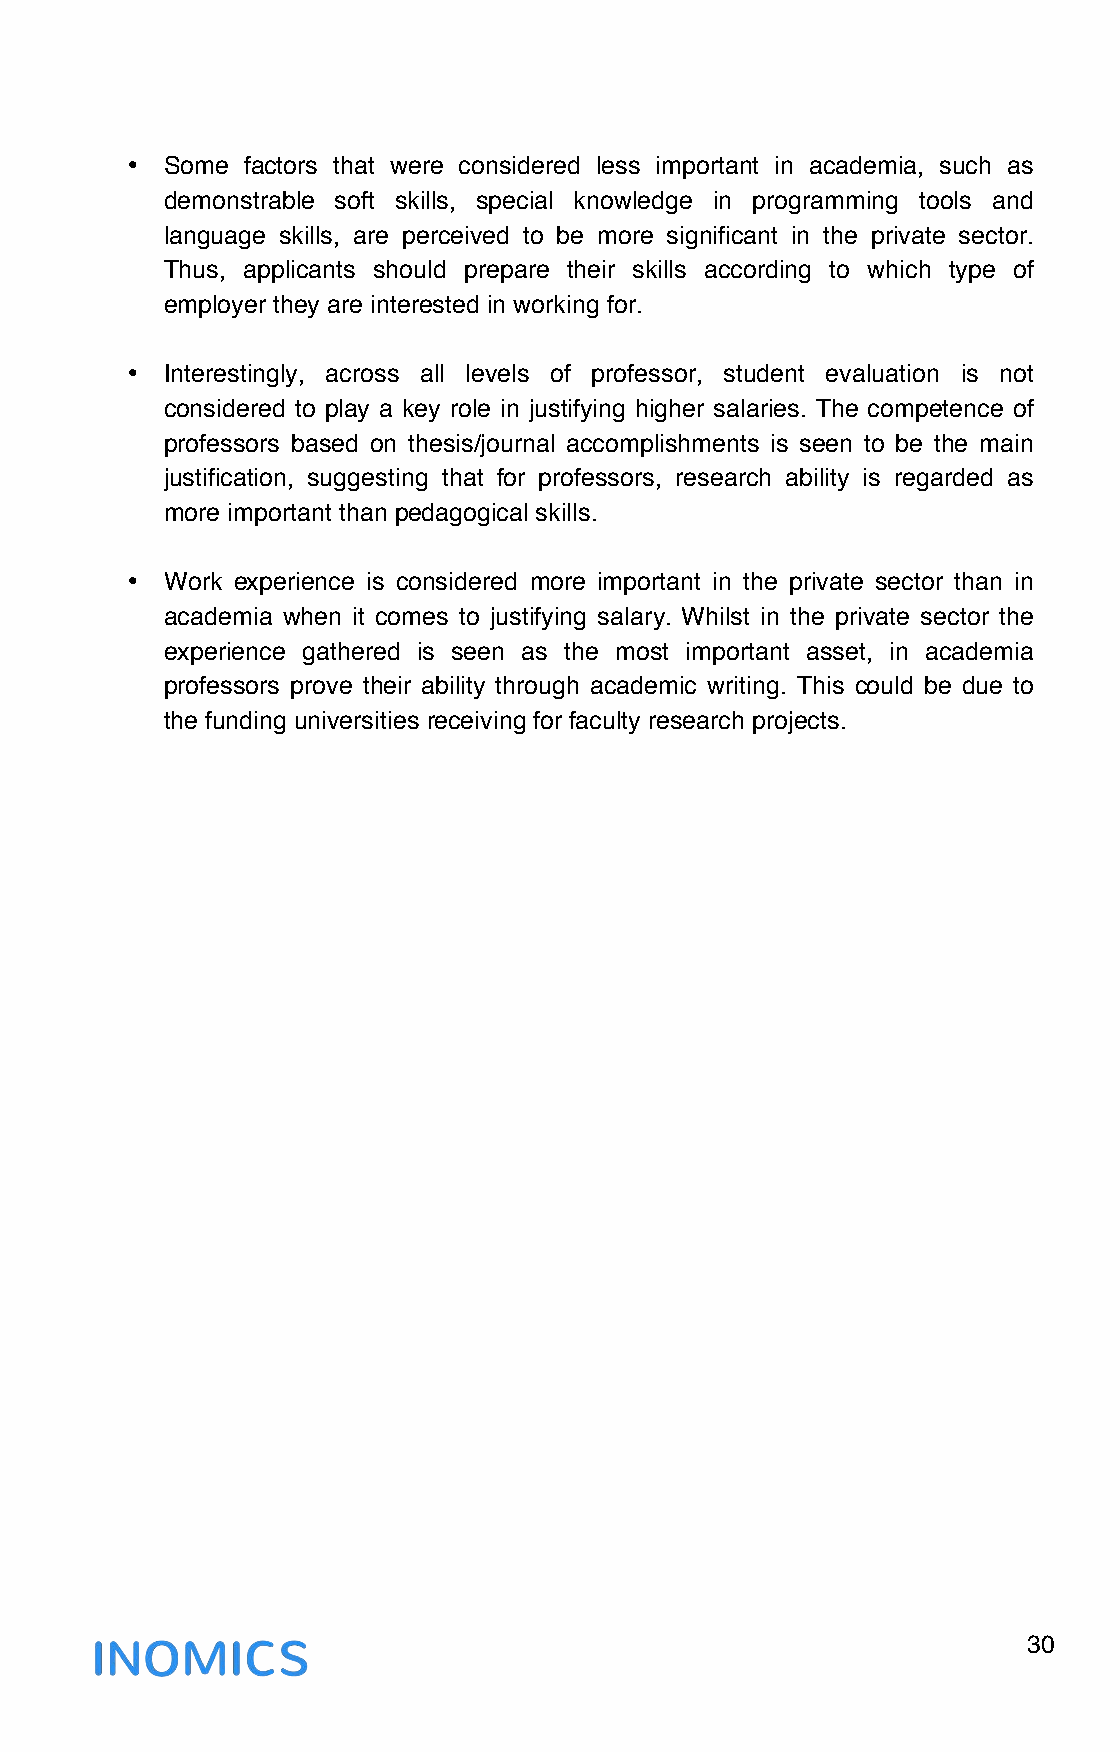
•  Some factors that were considered less important in academia, such as
 demonstrable soft skills, special knowledge in programming tools and
 language skills, are perceived to be more significant in the private sector.
 Thus, applicants should prepare their skills according to which type of
 employer they are interested in working for.
 •  Interestingly, across all levels of professor, student evaluation is not
 considered to play a key role in justifying higher salaries. The competence of
 professors based on thesis/journal accomplishments is seen to be the main
 justification, suggesting that for professors, research ability is regarded as
 more important than pedagogical skills.
 •  Work experience is considered more important in the private sector than in
 academia when it comes to justifying salary. Whilst in the private sector the
 experience gathered is seen as the most important asset, in academia
 professors prove their ability through academic writing. This could be due to
 the funding universities receiving for faculty research projects.
 30
 !